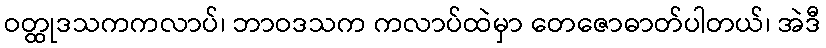
ဝတ္ထုဒသကကလာပ်၊ ဘာဝဒသက ကလာပ်ထဲမှာ တေဇောဓာတ်ပါတယ်၊ အဲဒီ